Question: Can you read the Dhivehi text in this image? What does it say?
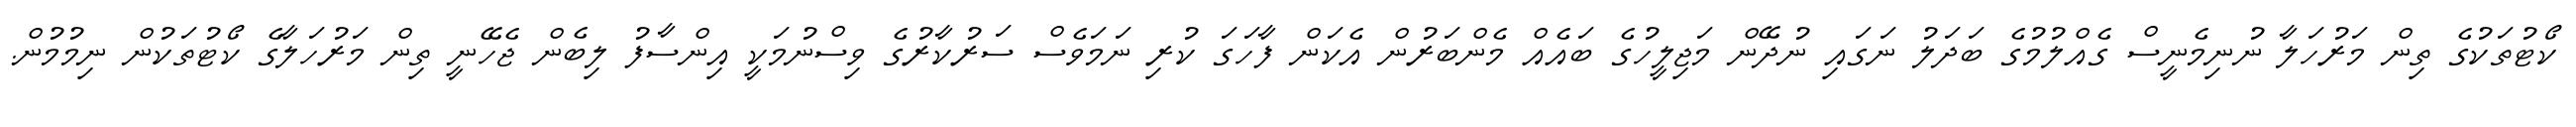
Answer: ކޯޓުތަކުގެ ތިން މަރުހަލާ ނުނިމެނީސް ގެއްލުމުގެ ބަދަލު ނަގައި ނުދޭން މަޖިލީހުގެ ބައެއް މެންބަރުން އެކަން ފާހަގަ ކުރި ނަމަވެސް ސަރުކާރުގެ ވިސްނުމަކީ އިންސާފު ލިބެން ޖެހޭނީ ތިން މަރުހަލާގެ ކޯޓުތަކުން ނިމުމުން.